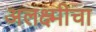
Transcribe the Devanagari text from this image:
अलक्ष्मीचा